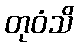
တုဝံသိ